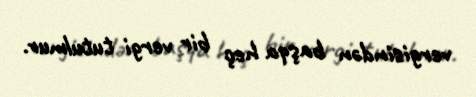
vergisindən başqa heç bir vergi tutulmur.